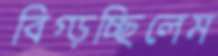
বিগ্‌ড়চ্ছিলেম